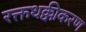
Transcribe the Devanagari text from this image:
रक्तथक्कीकरण